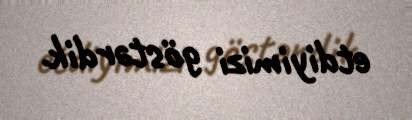
etdiyimizi göstərdik.